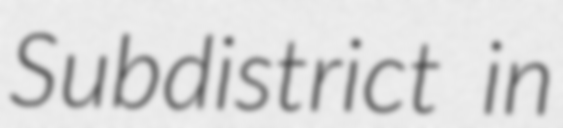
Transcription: Subdistrict in